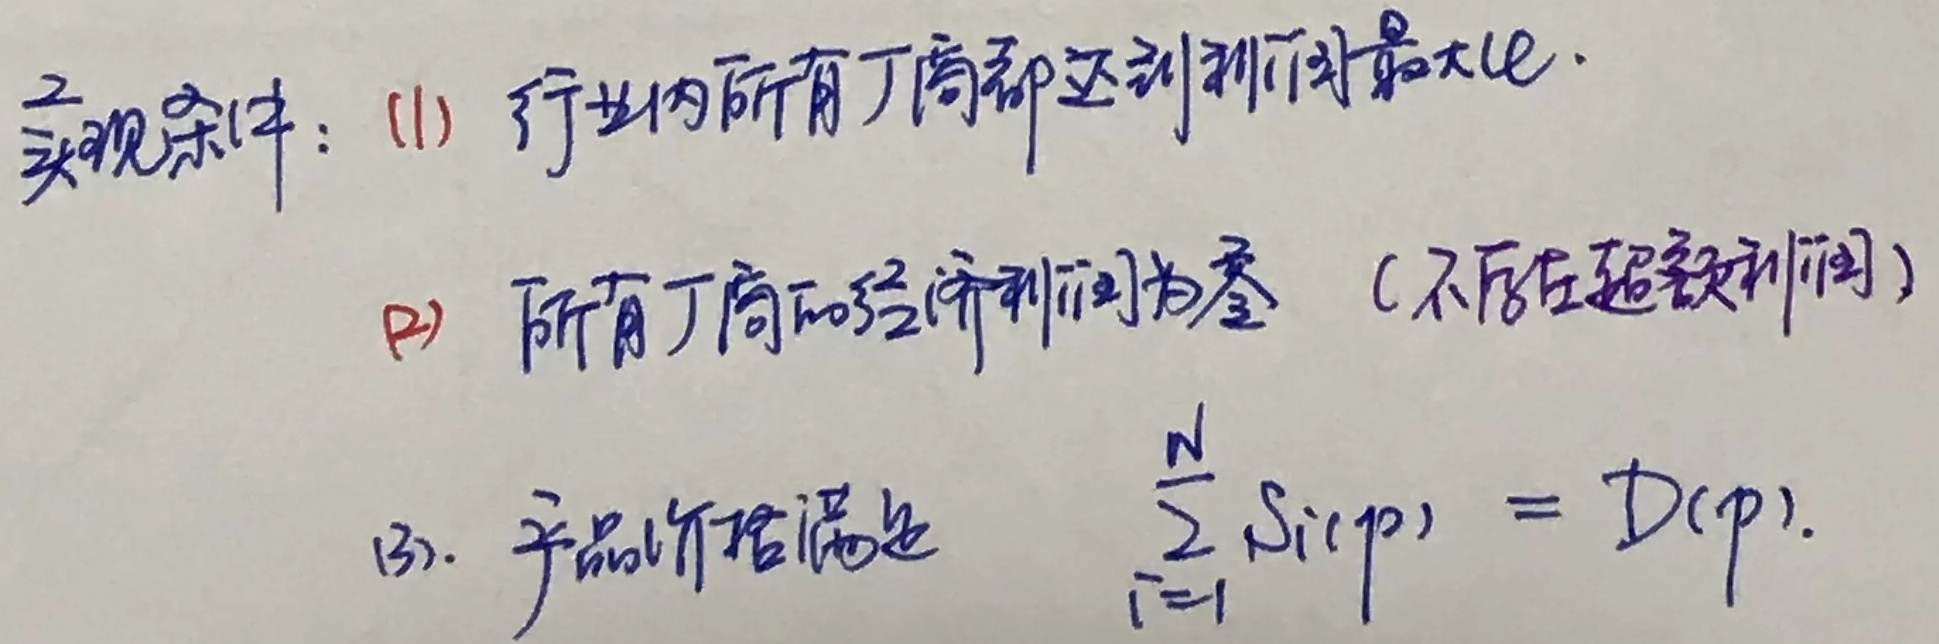
实现条件：
(1) 行业内所有厂商都达到利润最大化。
(2) 所有厂商的经济利润为零（不存在超额利润）。
(3) 产品价格满足
\[
\sum_{i = 1}^{N}S_{i}(p)=D(p)
\] 。